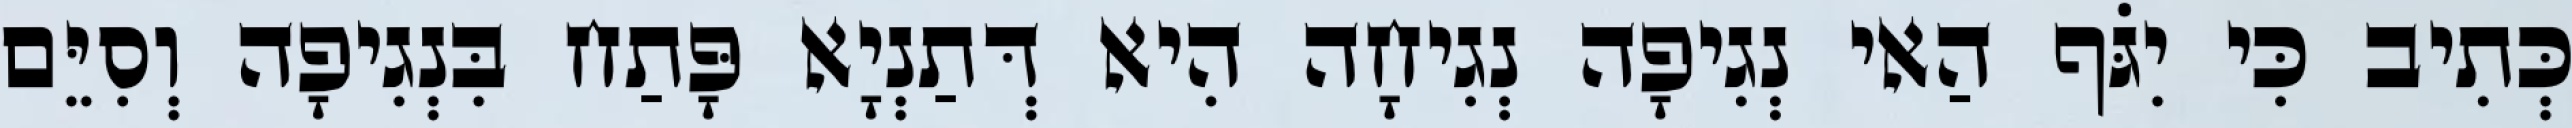
כְּתִיב כִּי יִגֹּף הַאי נְגִיפָה נְגִיחָה הִיא דְּתַנְיָא פָּתַח בִּנְגִיפָה וְסִיֵּם